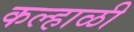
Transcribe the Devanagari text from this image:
कल्हाळी